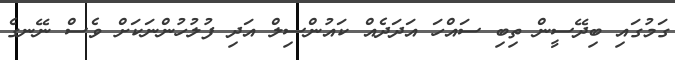
ގަމުގައި ބިދޭސީން ތިބި ސައްހަ އަދަދެއް ކައުންސިލް އަދި ފުލުހުންނަކަށް ވެސް ނޭނގެ